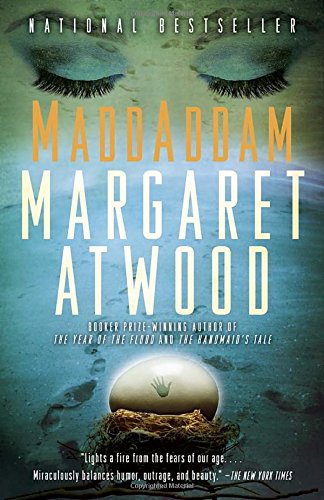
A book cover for MaddAddam (The Maddaddam Trilogy); Margaret Atwood; Science Fiction & Fantasy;